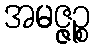
အမဇ္ဇဉ္စ